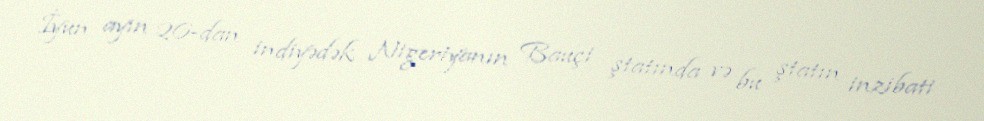
İyun ayın 26-dan indiyədək Nigeriyanın Bauçi ştatında və bu ştatın inzibati